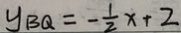
y _ { B Q } = - \frac { 1 } { 2 } x + 2